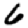
Digit: 6